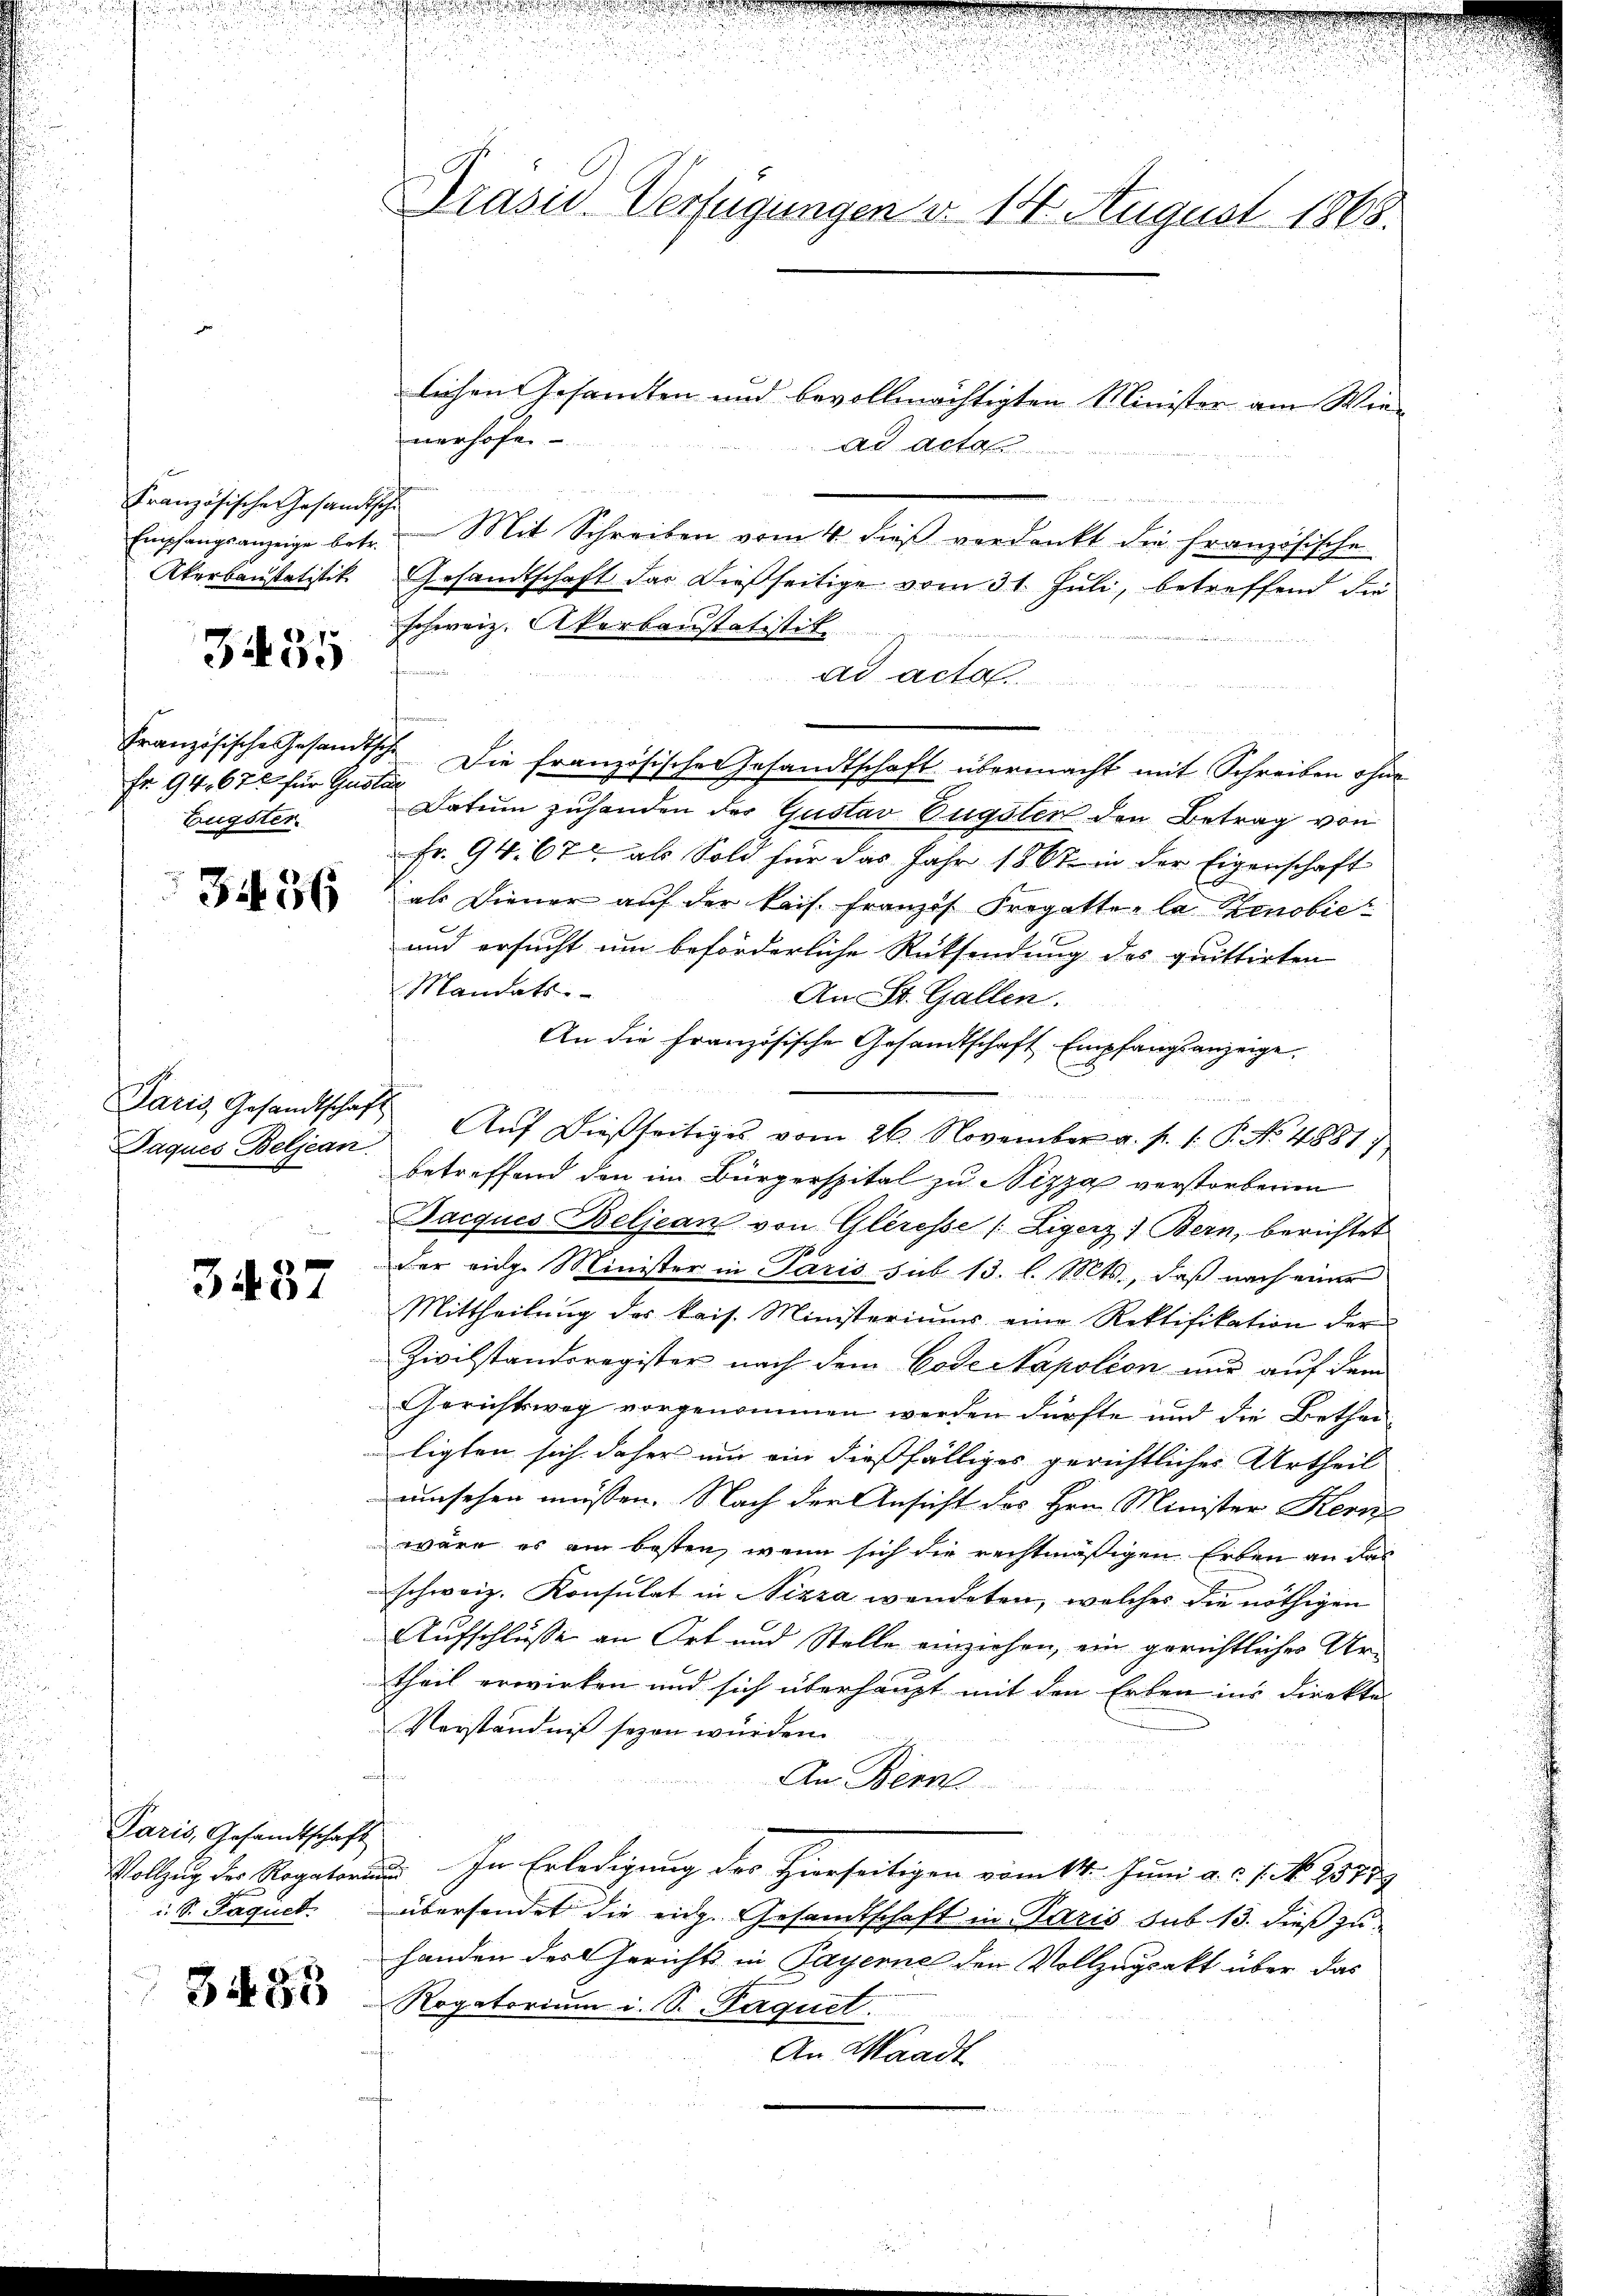
Französische Gesandtschi
Kkerbanstatistik.

3435

fr. 94. 672 für Gustan
Eugster.

34. 56

Paques Beljean.

3437

Paris, Gesandtschaft
 S. Paquet

3483

u

Prasiv-Verfügungen v. 14. August 1868.

lichen Gesamten und bevollmächtigten Minister am Wienerhöfe
ad acta
Empfangsanzeige betr. Mit Schreiben vom 4. dieβ verdankt die Französische
Gesandtschaft das dießseitige vom 31. Juli, betreffend die
schweiz. Akerbanstatistik
fen
ad acto
Französische Gesamtsch. Die französischen Gesandtschaft übermacht mit Schreiben ohne
Datum zuhanden der Gustav Pügsten den Betrag von
Fr. 94. 67 als Sold für das Jahr 1867 in der Eigenschaft
als Diener aŭf der kais. Franzis Fregatte la Renobie
und ersucht um beförderliche Rücksendung des quittirten
Mandats
An St. Gallen.
.
An die Französische Gesandtschaft Empfangsanzeige.
Paris, Gesandtschaft. Aŭf dießseitiges vom 26. November a. p. 1. P. No 4881)
betreffend den im Bürgerspital zu Nizza verstorbenen
Jacques Beljean von Gleresse (Ligerz) Bern, berichtet
der vige Minister in Paris sub 13. l. Mts., daß nach einer
Mittheilŭng des kais. Ministerium eine Rektifikation der
Zivilstandsregister nach dem Code Napoléon nur auf dem
Gerichtsweg vorgenommen werden dürfte und die Betheiligten sich daher um ein dießfälliges gerichtliches Urtheil
umsehen müssen. Nach der Ansicht des Hrn. Minister Kern
wäre es am besten, wenn sich die rechtmäßigen Erben an das
schweiz. Konsulat in Nizza wendeten, welches die nöthigen
Aufschlüsse an Ort und Stelle einziehen, ein gerichtlicher Ur-
theil erwirken und sich überhaupt mit den Erben ins Direkte
Verständniß seyen wurden.
An Bern
Vollzug des Rogatoren In Erledigung der Hierseitigen vom 11. Juni a. d. J. No. 23159
übersendet die eidg. Gesandtschaft in Paris sub. 13. dieß zuhanden des Gerichts in Payerne den Vollzugsakt über das
Rogatorium i. S. Paquet
An Waadt